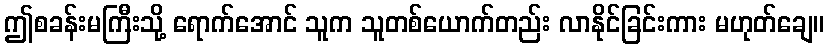
ဤစခန်းမကြီးသို့ ရောက်အောင် သူက သူတစ်ယောက်တည်း လာနိုင်ခြင်းကား မဟုတ်ချေ။